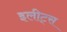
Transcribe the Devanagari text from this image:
इलीट्स